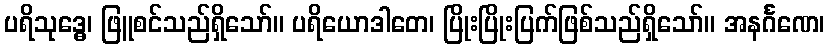
ပရိသုဒ္ဓေ၊ ဖြူစင်သည်ရှိသော်။ ပရိယောဒါတေ၊ ပြိုးပြိုးပြက်ဖြစ်သည်ရှိသော်။ အနင်္ဂဏေ၊